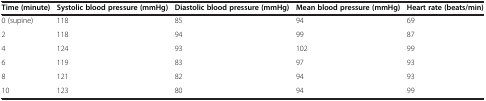
<table><thead><tr><td><b>Time (minute)</b></td><td><b>Systolic blood pressure (mmHg)</b></td><td><b>Diastolic blood pressure (mmHg)</b></td><td><b>Mean blood pressure (mmHg)</b></td><td><b>Heart rate (beats/min)</b></td></tr></thead><tbody><tr><td>0 (supine)</td><td>118</td><td>85</td><td>94</td><td>69</td></tr><tr><td>2</td><td>118</td><td>94</td><td>99</td><td>87</td></tr><tr><td>4</td><td>124</td><td>93</td><td>102</td><td>99</td></tr><tr><td>6</td><td>119</td><td>83</td><td>97</td><td>93</td></tr><tr><td>8</td><td>121</td><td>82</td><td>94</td><td>93</td></tr><tr><td>10</td><td>123</td><td>80</td><td>94</td><td>99</td></tr></tbody></table>